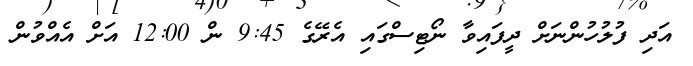
އަދި ފުލުހުންނަށް ދީފައިވާ ނޯޓިސްގައި އެރޭގެ 9:45 ން 12:00 އަށް އެއްވުން